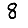
Digit: 8